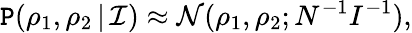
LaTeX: \mathtt{P}(\rho_{1},\rho_{2}\, |\, \mathcal{I})\approx\mathcal{N}(\rho_{1},\rho_{2};N^{-1}I^{-1}),